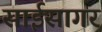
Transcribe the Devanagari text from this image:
साईसागर